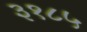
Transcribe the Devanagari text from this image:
३१८५